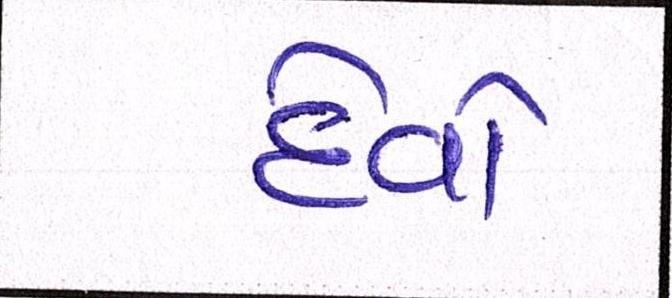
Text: દેવો